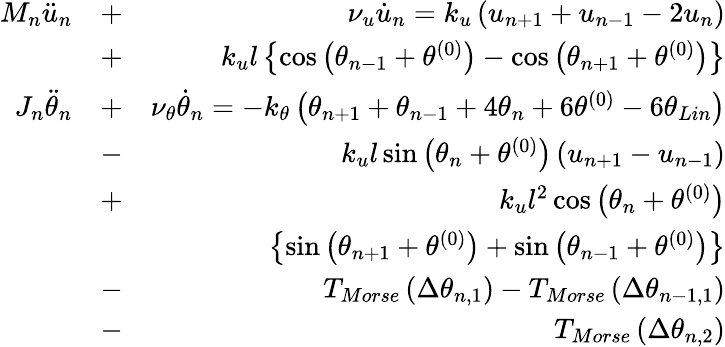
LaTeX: \begin{array}{rlr}{{{M}_{n}}{{\ddot{u}}_{n}}}&{+}&{\nu_{u}\dot{u}_{n}={{k}_{u}}\left({{u}_{n+1}}+{{u}_{n-1}}-2{{u}_{n}}\right)}\\ &{+}&{{{k}_{u}}l\left\{ \cos\left({{\theta}_{n-1}}+{{\theta}^{(0)}}\right)-\cos\left({{\theta}_{n+1}}+{{\theta}^{(0)}}\right)\right\} }\\ {{{J}_{n}}{{\ddot{\theta}}_{n}}}&{+}&{\nu_{\theta}\dot{\theta}_{n}=-{{k}_{\theta}}\left({{\theta}_{n+1}}+{{\theta}_{n-1}}+4{{\theta}_{n}}+6{{\theta}^{(0)}}-6\theta_{Lin}\right)}\\ &{-}&{{{k}_{u}}l\sin\left({{\theta}_{n}}+{{\theta}^{(0)}}\right)\left({{u}_{n+1}}-{{u}_{n-1}}\right)}\\ &{+}&{{{k}_{u}}{{l}^{2}}\cos\left({{\theta}_{n}}+{{\theta}^{(0)}}\right)}\\ &{}&{\left\{ \sin\left({{\theta}_{n+1}}+{{\theta}^{(0)}}\right)+\sin\left({{\theta}_{n-1}}+{{\theta}^{(0)}}\right)\right\} }\\ &{-}&{{{T}_{Morse}}\left(\Delta{{\theta}_{n,1}}\right)-{{T}_{Morse}}\left(\Delta{{\theta}_{n-1,1}}\right)}\\ &{-}&{{{T}_{Morse}}\left(\Delta{{\theta}_{n,2}}\right)}\end{array}